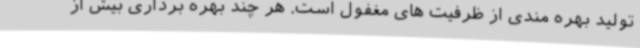
تولید بهره مندی از ظرفیت های مغفول است. هر چند بهره برداری بیش از